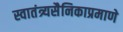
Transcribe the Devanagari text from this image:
स्वातंत्र्यसैनिकाप्रमाणे